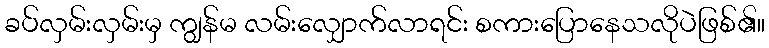
ခပ်လှမ်းလှမ်းမှ ကျွန်မ လမ်းလျှောက်လာရင်း စကားပြောနေသလိုပဲဖြစ်၏။